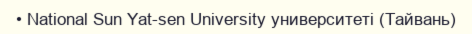
• National Sun Yat-sen University университеті (Тайвань)